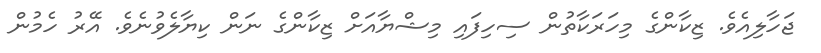
ޖަހާލިއެވެ. ޒިކާންގެ މިހަރަކާތުން ސިހިފައި މިޝްޔާއަށް ޒިކާންގެ ނަން ކިޔާލެވުނެވެ. އޭރު ހެމުން